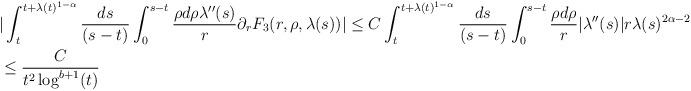
LaTeX: \begin{align*} &|\int_{t}^{t+\lambda(t)^{1-\alpha}} \frac{ds}{(s-t)} \int_{0}^{s-t} \frac{\rho d\rho \lambda''(s)}{r} \partial_{r}F_{3}(r,\rho,\lambda(s))|\leq C \int_{t}^{t+\lambda(t)^{1-\alpha}} \frac{ds}{(s-t)} \int_{0}^{s-t} \frac{\rho d\rho}{r} |\lambda''(s)| r \lambda(s)^{2\alpha -2}\\&\leq \frac{C}{t^{2} \log^{b+1}(t)}\end{align*}